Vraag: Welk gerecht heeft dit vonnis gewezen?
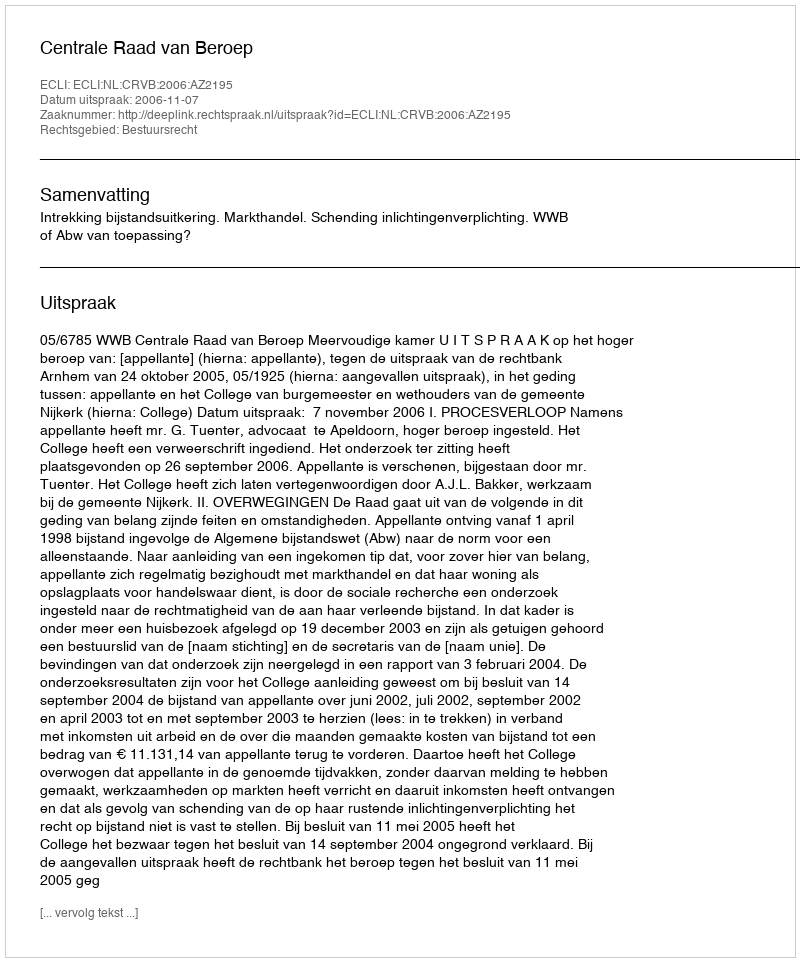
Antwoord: Centrale Raad van Beroep